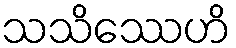
သသိဿေဟိ